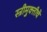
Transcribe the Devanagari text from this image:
स्त्रीमुक्तीचे